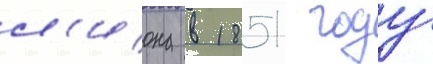
л'иона в 1851 году